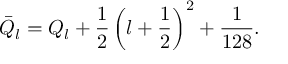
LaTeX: \bar { Q } _ { l } = Q _ { l } + \frac { 1 } { 2 } \left( l + \frac { 1 } { 2 } \right) ^ { 2 } + \frac { 1 } { 1 2 8 } .